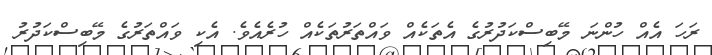
ރަހަ އެއް ހުންނަ މޭބިސްކަދުރުގެ އެތަކެއް ވައްތަރުތަކެއް ހުރެއެވެ. އެކި ވައްތަރުގެ މޭބިސްކަދުރު